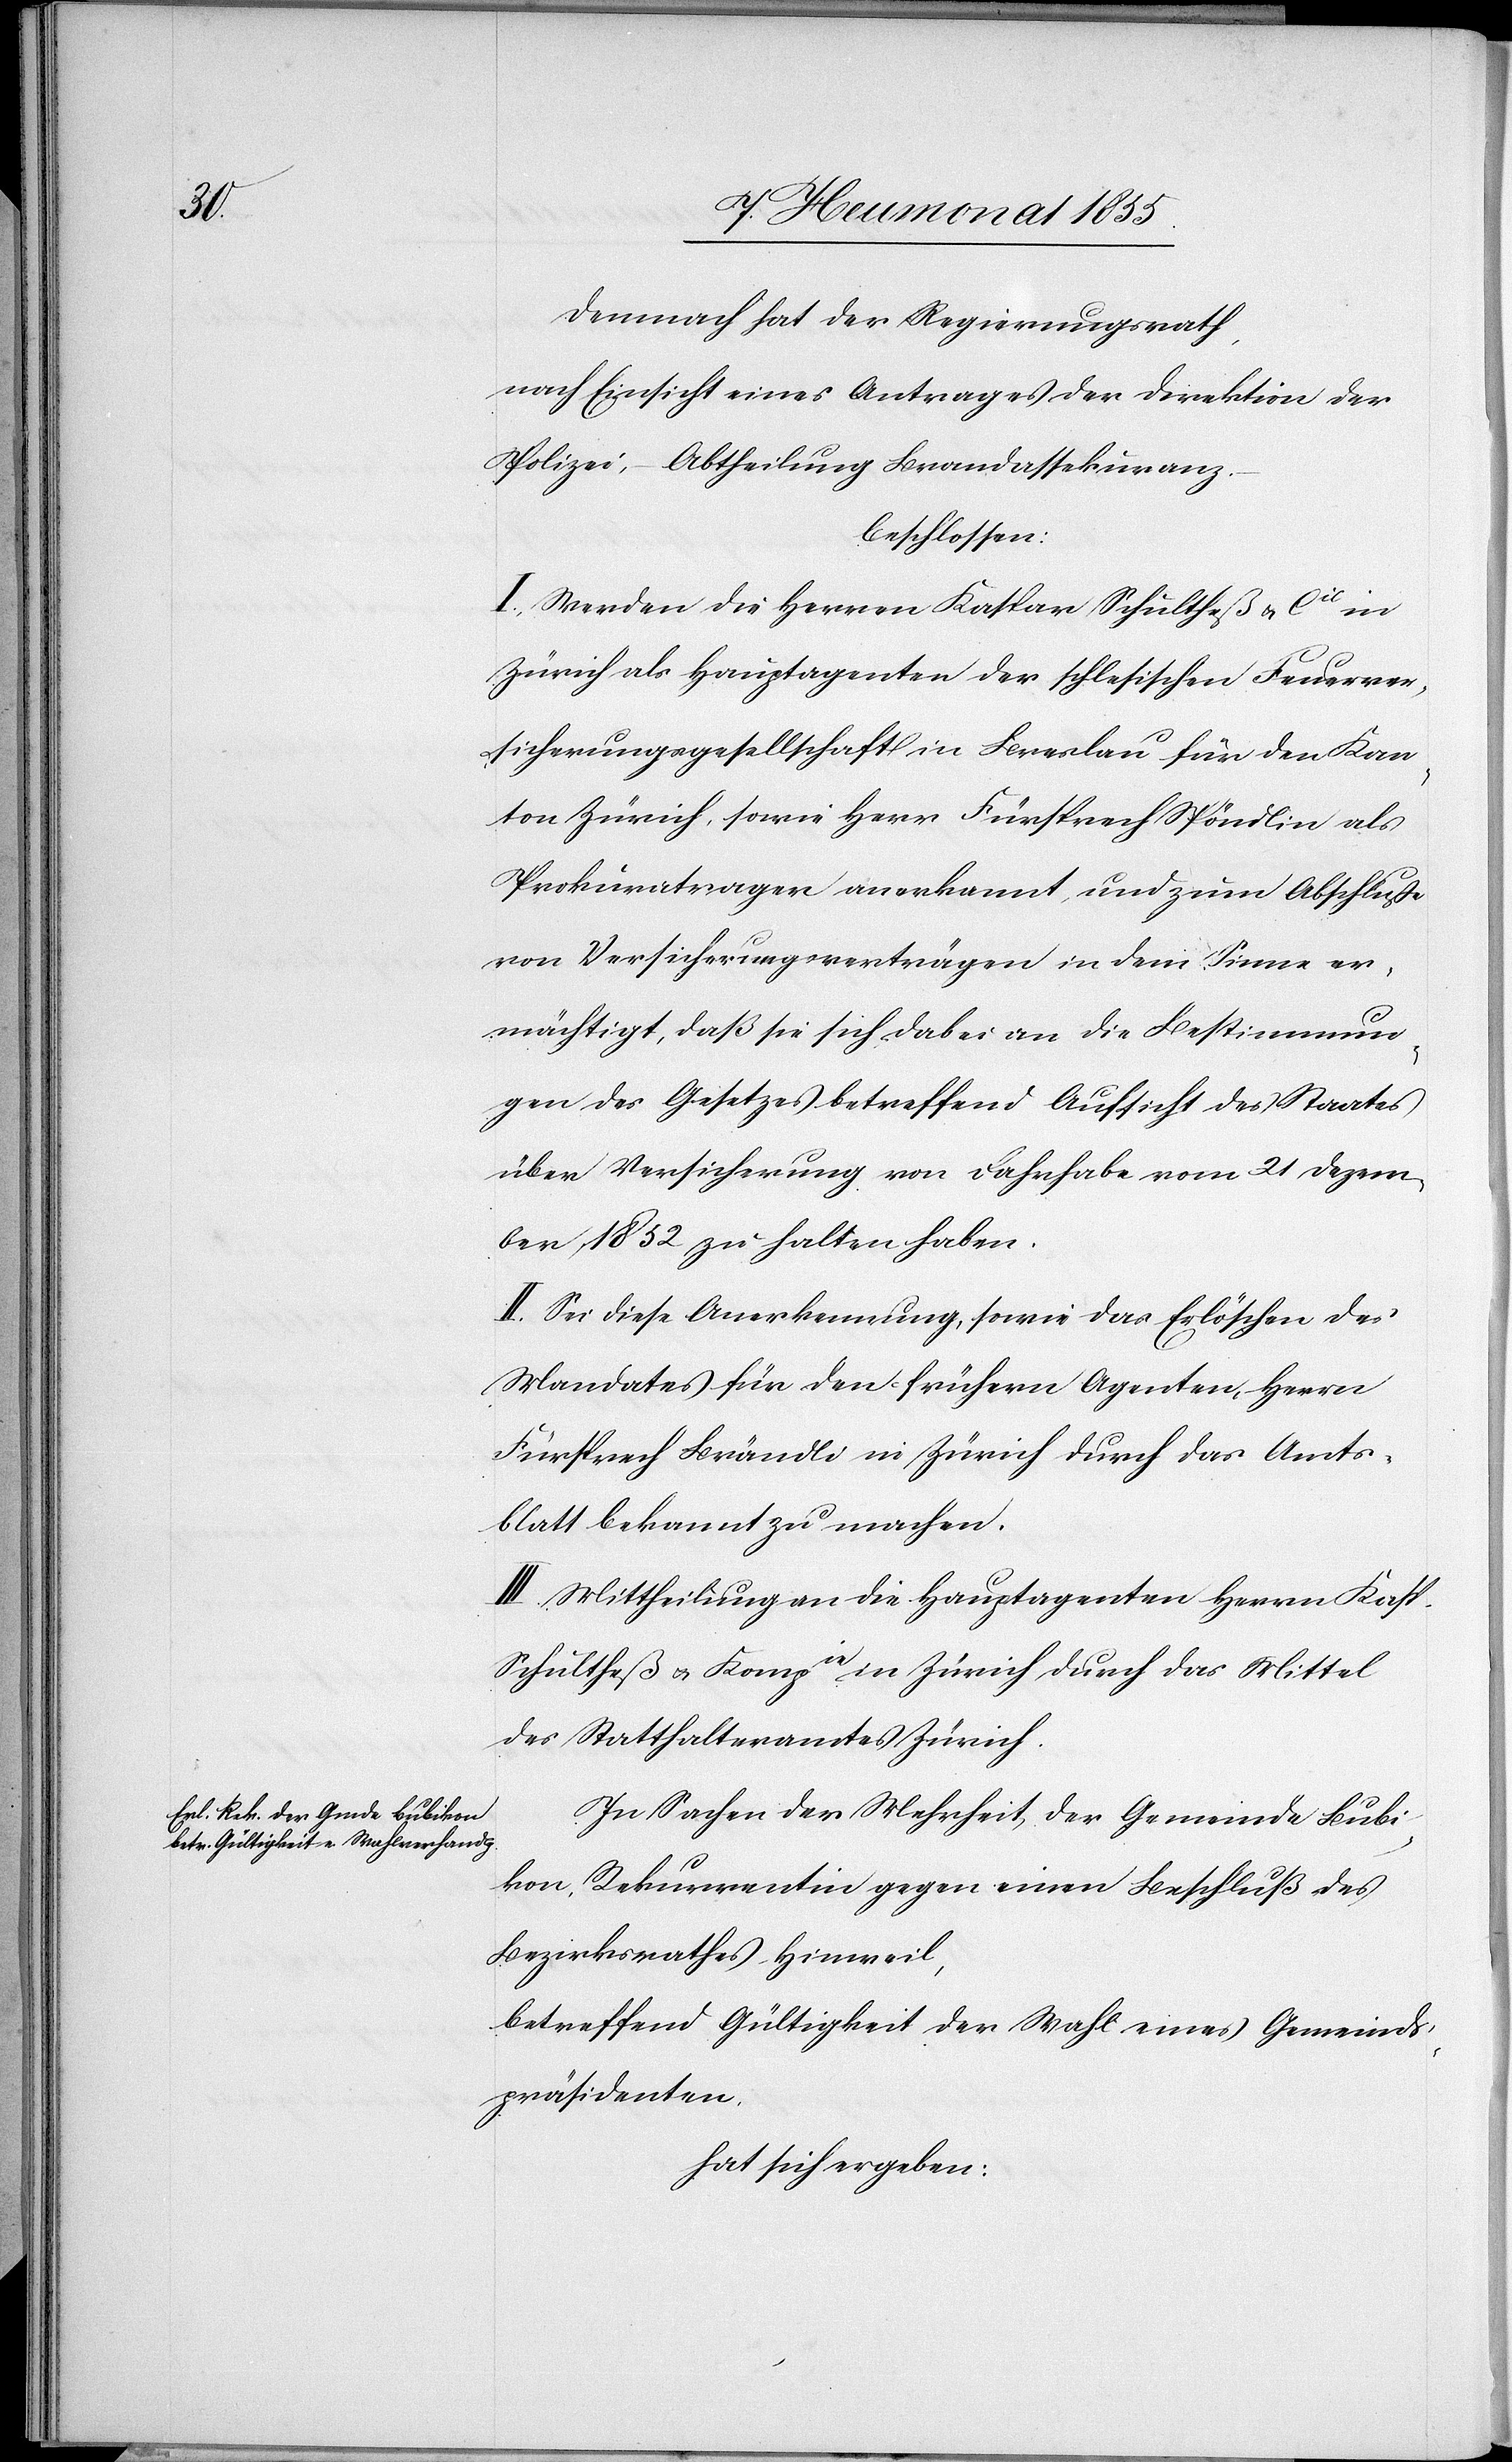
Demnach hat der Regierungsrath,
nach Einsicht eines Antrages der Direktion der
Polizei, – Abtheilung Brandassekuranz
beschlossen:
I, Werden die Herren Kaspar Schultheß & Cie in
Zürich als Hauptagenten der schlesischen Feuerver¬
sicherungsgesellschaft in Breslau für den Kan¬
ton Zürich, sowie Herr Fürsprech Spöndlin als
Prokuratrager anerkannt, und zum Abschluße
von Versicherungsverträgen in dem Sinne er¬
mächtigt, daß sie sich dabei an die Bestimmun¬
gen des Gesetzes betreffend Aufsicht des Staates
über Versicherung von Fahrhabe vom 21 Dezem¬
ber 1852 zu halten haben.
II. Sei diese Anerkennung, sowie das Erlöschen des
Mandates für den frühern Agenten, Herrn
Fürsprech Brändli in Zürich durch das Amts¬
blatt bekannt zu machen.
III. Mittheilung an die Hauptagenten Herrn Kasp.
Schultheß & Kompie in Zürich durch das Mittel
des Statthalteramtes Zürich.
In Sachen der Mehrheit der Gemeinde Bubi¬
kon, Rekurrentin gegen einen Beschluß des
Bezirksrathes Hinweil,
betreffend Gültigkeit der Wahl eines Gemeinds¬
präsidenten,
hat sich ergeben: